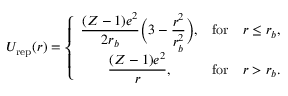
U _ { \mathrm { r e p } } ( r ) = \left\{ \begin{array} { c c c } { \displaystyle \frac { ( Z - 1 ) e ^ { 2 } } { 2 r _ { b } } \bigg ( 3 - \frac { r ^ { 2 } } { r _ { b } ^ { 2 } } \bigg ) , } & { \mathrm { f o r } } & { r \leq r _ { b } , } \\ { \displaystyle \frac { ( Z - 1 ) e ^ { 2 } } { r } , } & { \mathrm { f o r } } & { r > r _ { b } . } \end{array} \right.